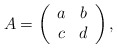
\begin{align*}A=\left(\begin{array}{cc} a & b \\ c & d \\ \end{array} \right),\end{align*}